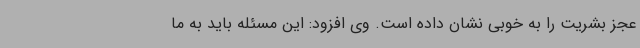
عجز بشریت را به خوبی نشان داده است. وی افزود: این مسئله باید به ما